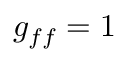
g _ { f f } = 1